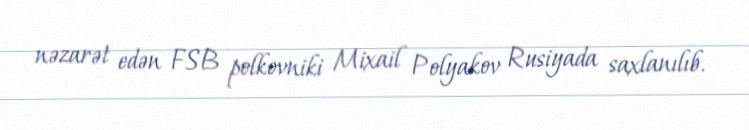
nəzarət edən FSB polkovniki Mixail Polyakov Rusiyada saxlanılıb.